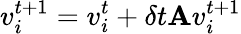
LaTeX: v_{i}^{t+1}=v_{i}^{t}+\delta t\mathbf{A}v_{i}^{t+1}